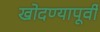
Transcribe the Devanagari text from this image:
खोदण्यापूर्वी